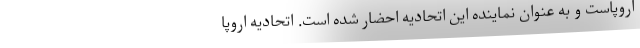
اروپاست و به عنوان نماینده این اتحادیه احضار شده است. اتحادیه اروپا